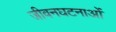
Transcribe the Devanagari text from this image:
जीवनघटनाओं